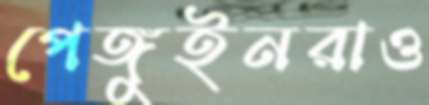
পেঙ্গুইনরাও